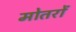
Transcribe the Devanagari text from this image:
मोतरों